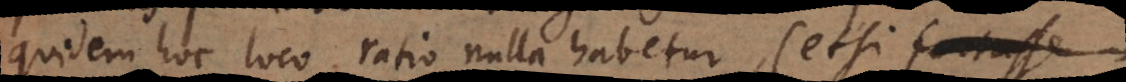
quidem hoc loco ratio nulla habetur (etsi fortasse